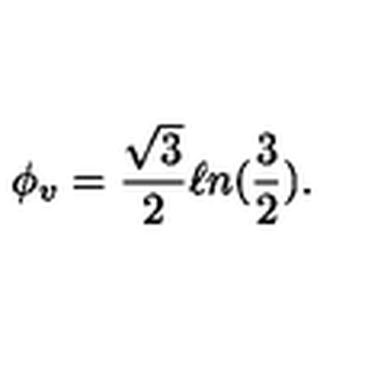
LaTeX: \phi _ { v } = \frac { \sqrt 3 } { 2 } \ell n ( { \frac 3 2 } ) .